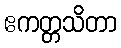
ဧကတ္တသိတာ